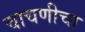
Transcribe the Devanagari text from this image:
चाचणीचा